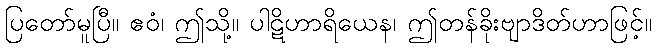
ပြတော်မူပြီ။ ဧဝံ၊ ဤသို့။ ပါဋိဟာရိယေန၊ ဤတန်ခိုးဗျာဒိတ်ဟာဖြင့်။